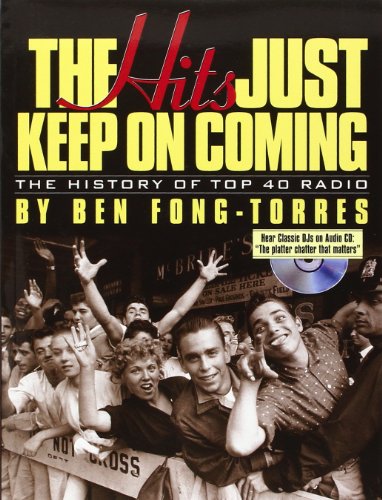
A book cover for The Hits Just Keep on Coming: The History of Top 40 Radio; Ben Fong-Torres; Humor & Entertainment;